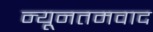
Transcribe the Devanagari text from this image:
न्यूनतमवाद